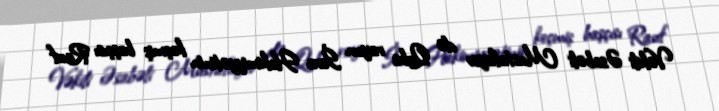
Vəkili Əsabəli Mustafayev də Quba rayon İcra Hakimiyyətinin keçmiş başçısı Rauf